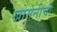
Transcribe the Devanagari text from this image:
खोमेनीची